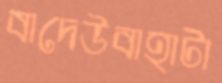
বাদেউবাহাটা